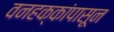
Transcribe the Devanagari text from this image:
वनहक्कांपासून